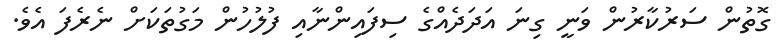
ގޮތުން ސަރުކާރުން ވަނީ ގިނަ އަދަދެއްގެ ސިފައިންނާއި ފުލުހުން މަގުތަކަށް ނެރެފަ އެވެ.